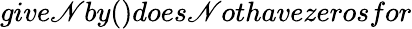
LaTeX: give\mathscr{N}by()does\mathscr{N}othavezerosfor